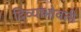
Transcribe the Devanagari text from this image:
दिव्यांभोवती